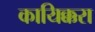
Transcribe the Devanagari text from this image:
कायिक्करा